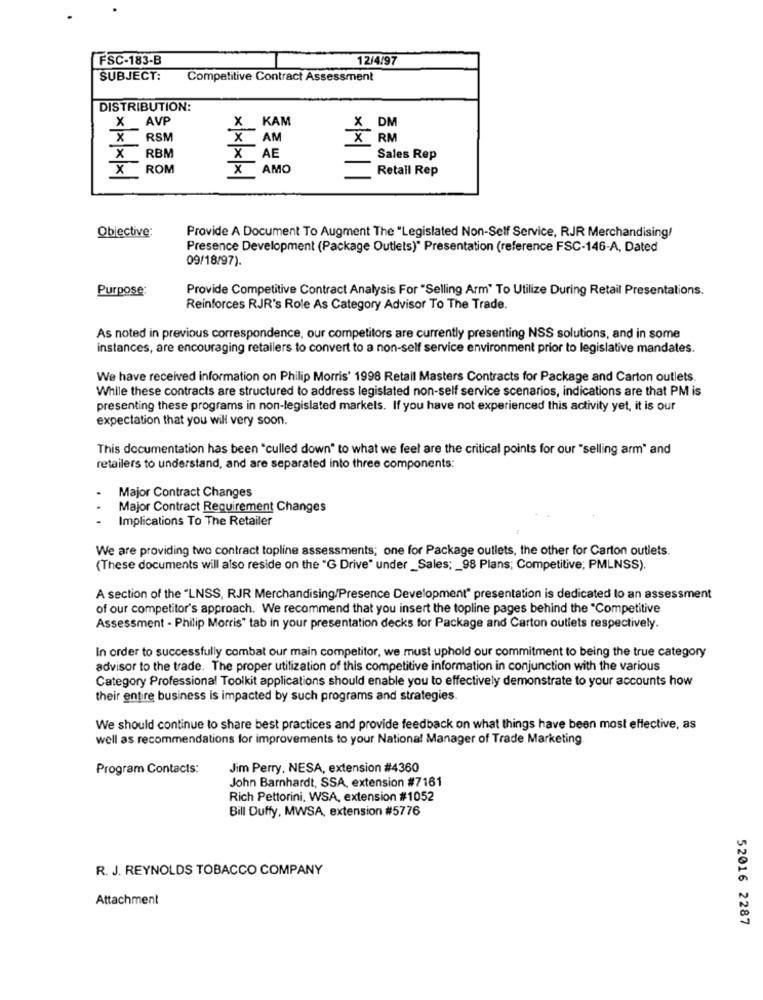
FSC-183-B
12/4/97
SUBJECT:
Competitive Contract Assessment
DISTRIBUTION:
X
KAM
X DM
X
RSM
X
AM
X
RM
< xx
RBM
X
AE
Sales Rep
X
ROM
X
AMO
Retail Rep
Provide A Document To Augment The "Legislated Non-Self Service, RJR Merchandising/
Objective:
Presence Development (Package Outlets)" Presentation (reference FSC-146-A, Dated
09/18/97).
Purpose:
Provide Competitive Contract Analysis For "Selling Arm" To Utilize During Retail Presentations.
Reinforces RJR's Role As Category Advisor To The Trade.
As noted in previous correspondence, our competitors are currently presenting NSS solutions, and in some
instances, are encouraging retailers to convert to a non-self service environment prior to legislative mandates.
We have received information on Philip Morris' 1998 Retail Masters Contracts for Package and Carton outlets.
While these contracts are structured to address legislated non-self service scenarios, indications are that PM is
presenting these programs in non-legislated markets. If you have not experienced this activity yet, it is our
expectation that you will very soon.
This documentation has been "culled down" to what we feel are the critical points for our "selling arm" and
retailers to understand, and are separated into three components:
Major Contract Changes
Major Contract Requirement Changes
...
Implications To The Retailer
We are providing two contract topline assessments; one for Package outlets, the other for Carton outlets.
(These documents will also reside on the "G Drive" under _Sales; _ 98 Plans; Competitive; PMLNSS).
A section of the "LNSS, RJR Merchandising/Presence Development" presentation is dedicated to an assessment
of our competitor's approach. We recommend that you insert the topline pages behind the "Competitive
Assessment - Philip Morris" tab in your presentation decks for Package and Carton outlets respectively.
In order to successfully combat our main competitor, we must uphold our commitment to being the true category
advisor to the trade. The proper utilization of this competitive information in conjunction with the various
Category Professional Toolkit applications should enable you to effectively demonstrate to your accounts how
their entire business is impacted by such programs and strategies.
We should continue to share best practices and provide feedback on what things have been most effective, as
well as recommendations for improvements to your National Manager of Trade Marketing
Program Contacts:
Jim Perry, NESA, extension #4360
John Barnhardt, SSA, extension #7161
Rich Pettorini, WSA, extension #1052
Bill Duffy, MWSA, extension #5776
R. J. REYNOLDS TOBACCO COMPANY
Attachment
52016 2287